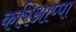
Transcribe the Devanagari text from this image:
करिआप्पा